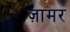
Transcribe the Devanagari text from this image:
ज़ामर